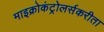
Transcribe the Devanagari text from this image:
माइक्रोकंट्रोलर्सकरीता